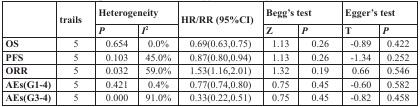
<table><thead><tr><td rowspan="2"></td><td rowspan="2"><b>trails</b></td><td colspan="2"><b>Heterogeneity</b></td><td rowspan="2"><b>HR/RR (95%CI)</b></td><td colspan="2"><b>Begg&#x27;s test</b></td><td colspan="2"><b>Egger&#x27;s test</b></td></tr><tr><td><b><i>P</i></b></td><td><b><i>I</i><sup>2</sup></b></td><td><b>Z</b></td><td><b><i>P</i></b></td><td><b>T</b></td><td><b><i>P</i></b></td></tr></thead><tbody><tr><td><b>OS</b></td><td>5</td><td>0.654</td><td>0.0%</td><td>0.69(0.63,0.75)</td><td>1.13</td><td>0.26</td><td>-0.89</td><td>0.422</td></tr><tr><td><b>PFS</b></td><td>5</td><td>0.103</td><td>45.0%</td><td>0.87(0.80,0.94)</td><td>1.13</td><td>0.26</td><td>-1.34</td><td>0.252</td></tr><tr><td><b>ORR</b></td><td>5</td><td>0.032</td><td>59.0%</td><td>1.53(1.16,2.01)</td><td>1.32</td><td>0.19</td><td>0.66</td><td>0.546</td></tr><tr><td><b>AEs(G1-4)</b></td><td>5</td><td>0.421</td><td>0.4%</td><td>0.77(0.74,0.80)</td><td>0.75</td><td>0.45</td><td>-0.60</td><td>0.582</td></tr><tr><td><b>AEs(G3-4)</b></td><td>5</td><td>0.000</td><td>91.0%</td><td>0.33(0.22,0.51)</td><td>0.75</td><td>0.45</td><td>-0.82</td><td>0.458</td></tr></tbody></table>